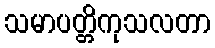
သမာပတ္တိကုသလတာ